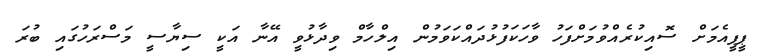
ޕީޕީއެމަށް ސޮއިކުރެއްވުމަށްފަހު ވާހަކަފުޅުދައްކަވަމުން އިލްހާމް ވިދާޅުވީ އޭނާ އަކީ ސިޔާސީ މަސްރަހުގައި ބުރަ